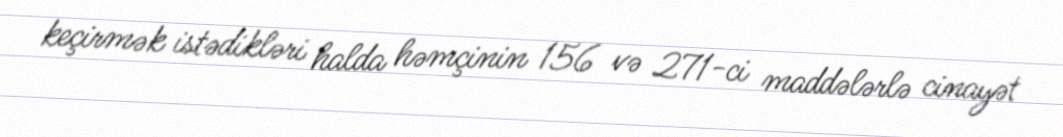
keçirmək istədikləri halda həmçinin 156 və 271-ci maddələrlə cinayət